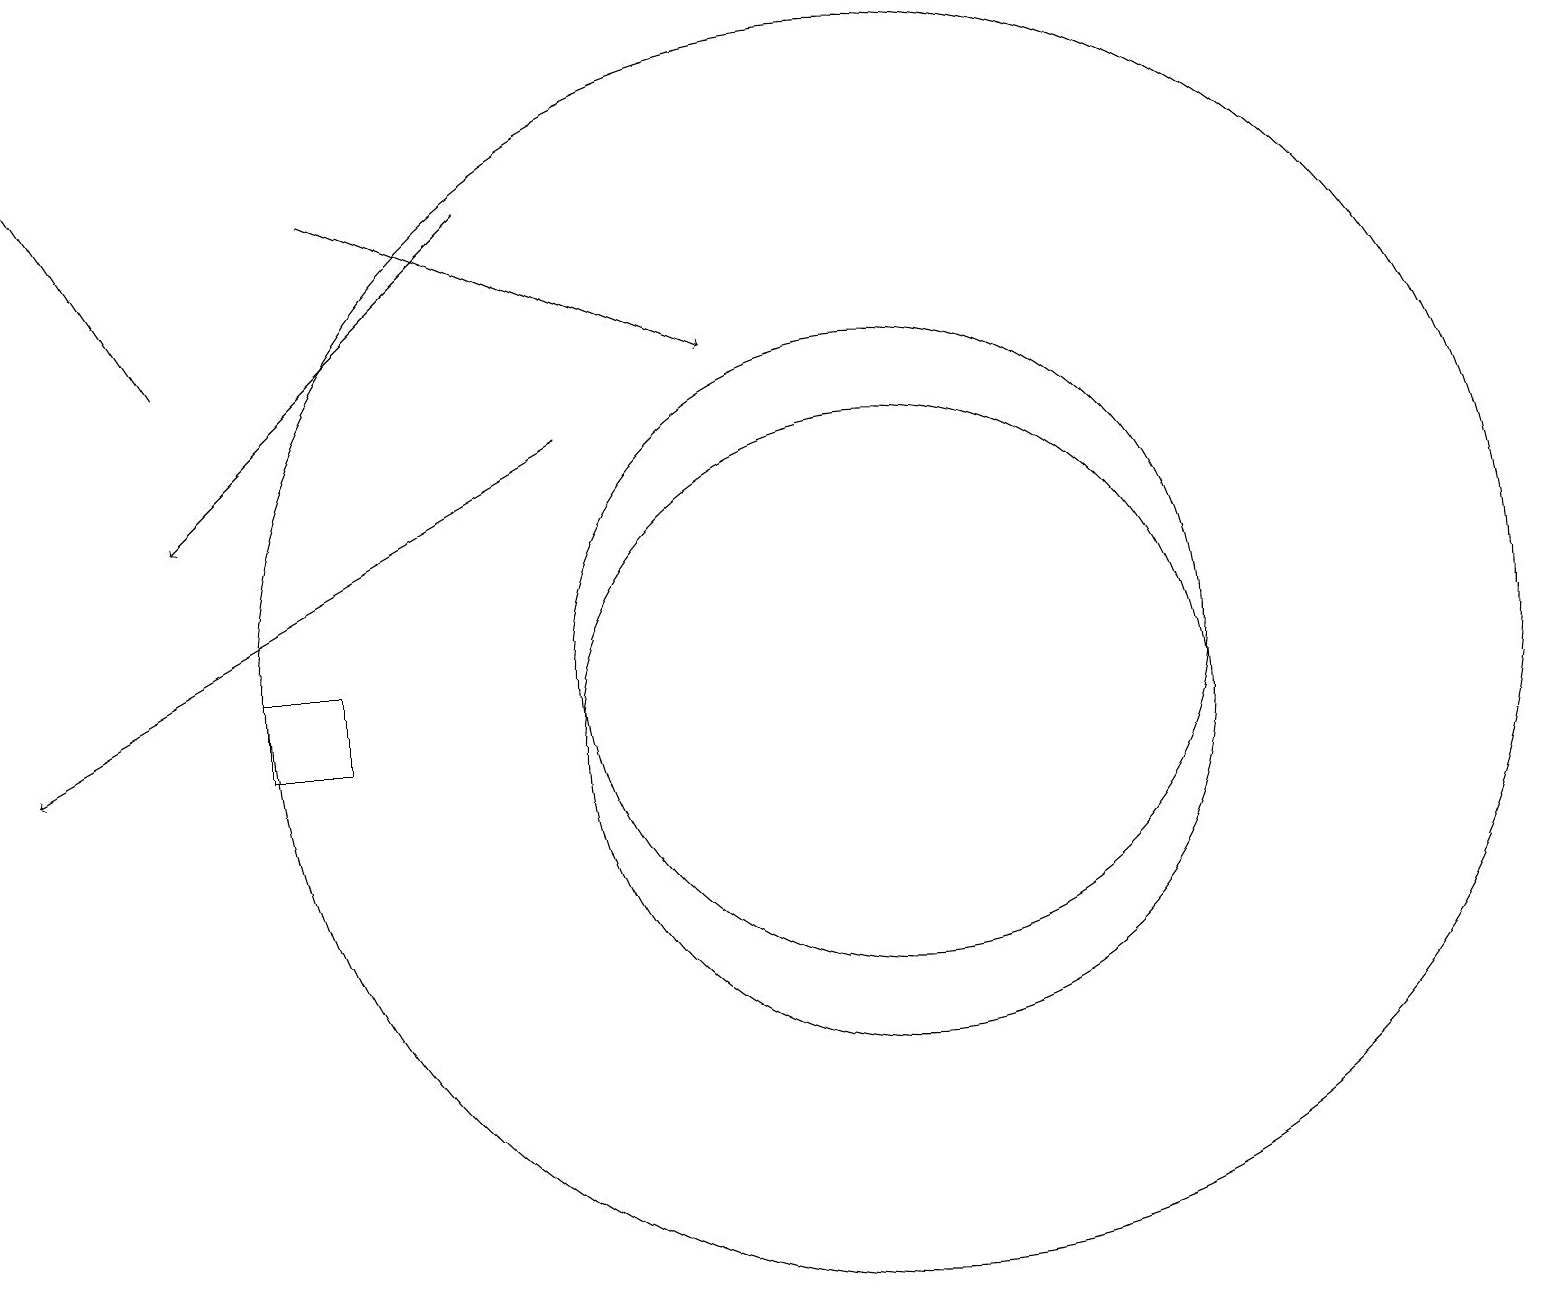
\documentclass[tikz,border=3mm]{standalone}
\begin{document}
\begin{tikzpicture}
\draw (11,11) circle (4);
\draw (11,11) circle (8);
\draw (11,10) circle (4);
\draw (4,10) rectangle (3,11);
\draw[->] (7,14) -- (0,10);
\draw[->] (6,17) -- (2,13);
\draw[->] (4,17) -- (9,15);
\draw[->] (2,15) -- (0,18);
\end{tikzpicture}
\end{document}